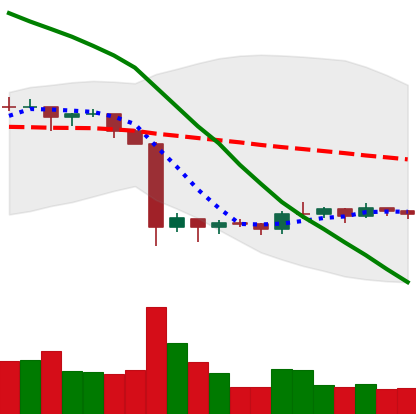
Ticker: EOS-USD
Chart end date: 2019-10-06
Forward return: 6.215%
Label: up_5_7